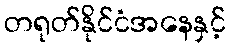
တရုတ်နိုင်ငံအနေနှင့်